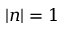
| n | = 1